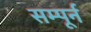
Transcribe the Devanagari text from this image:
सम्पूर्न